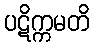
ပဋိက္ကမတိ